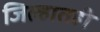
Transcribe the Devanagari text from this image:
जिल्हातही